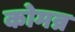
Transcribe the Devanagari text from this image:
कोमन्न